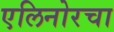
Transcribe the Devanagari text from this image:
एलिनोरचा